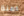
امنة